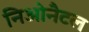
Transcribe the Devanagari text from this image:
निओनैटल